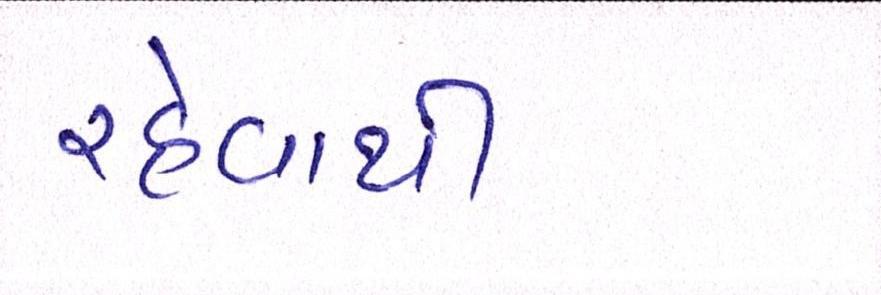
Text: રહેવાથી